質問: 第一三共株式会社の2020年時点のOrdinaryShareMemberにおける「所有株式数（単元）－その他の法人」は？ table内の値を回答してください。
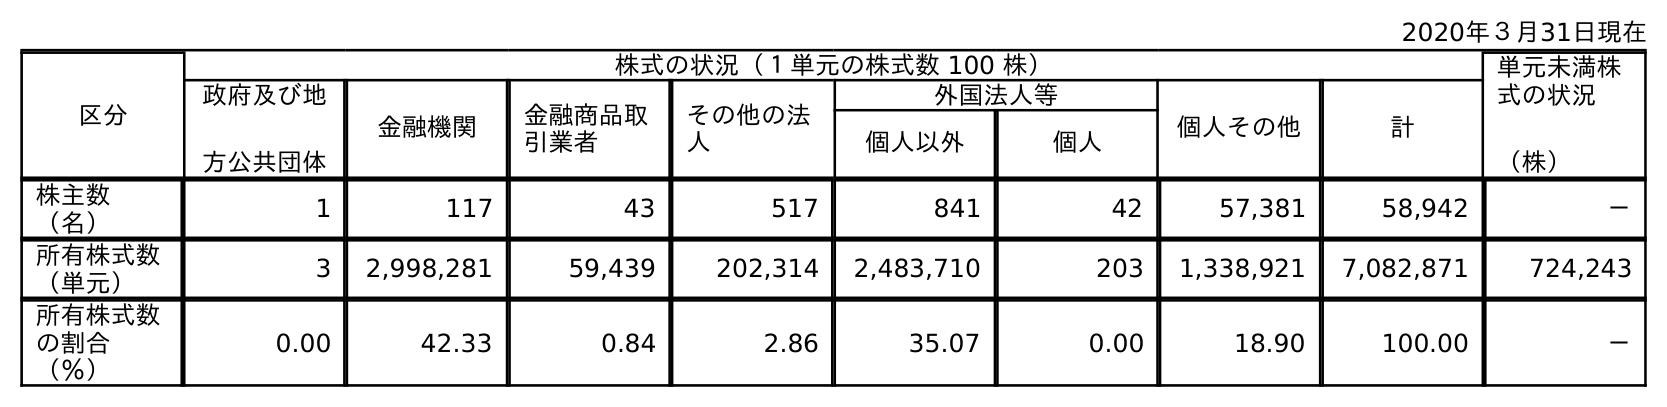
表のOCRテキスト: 2020年３月31日現在 区分 株式の状況（１単元の株式数 100 株） 単元未満株 式の状況 （株） 政府及び地 方公共団体 金融機関 金融商品取 引業者 その他の法 人 外国法人等 個人その他 計 個人以外 個人 株主数 （名） 1 117 43 517 841 42 57,381 58,942 － 所有株式数 （単元） 3 2,998,281 59,439 202,314 2,483,710 203 1,338,921 7,082,871 724,243 所有株式数 の割合 （％） 0.00 42.33 0.84 2.86 35.07 0.00 18.90 100.00 －
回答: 202,314